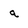
Character: a